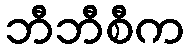
ဘီဘီစီက